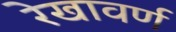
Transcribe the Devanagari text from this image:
रेखावर्ण